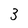
Character: 3